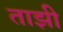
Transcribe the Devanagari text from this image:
ताझी